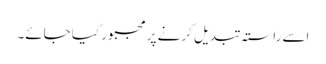
اسے راستہ تبدیل کرنے پر مجبور کیا جائے۔